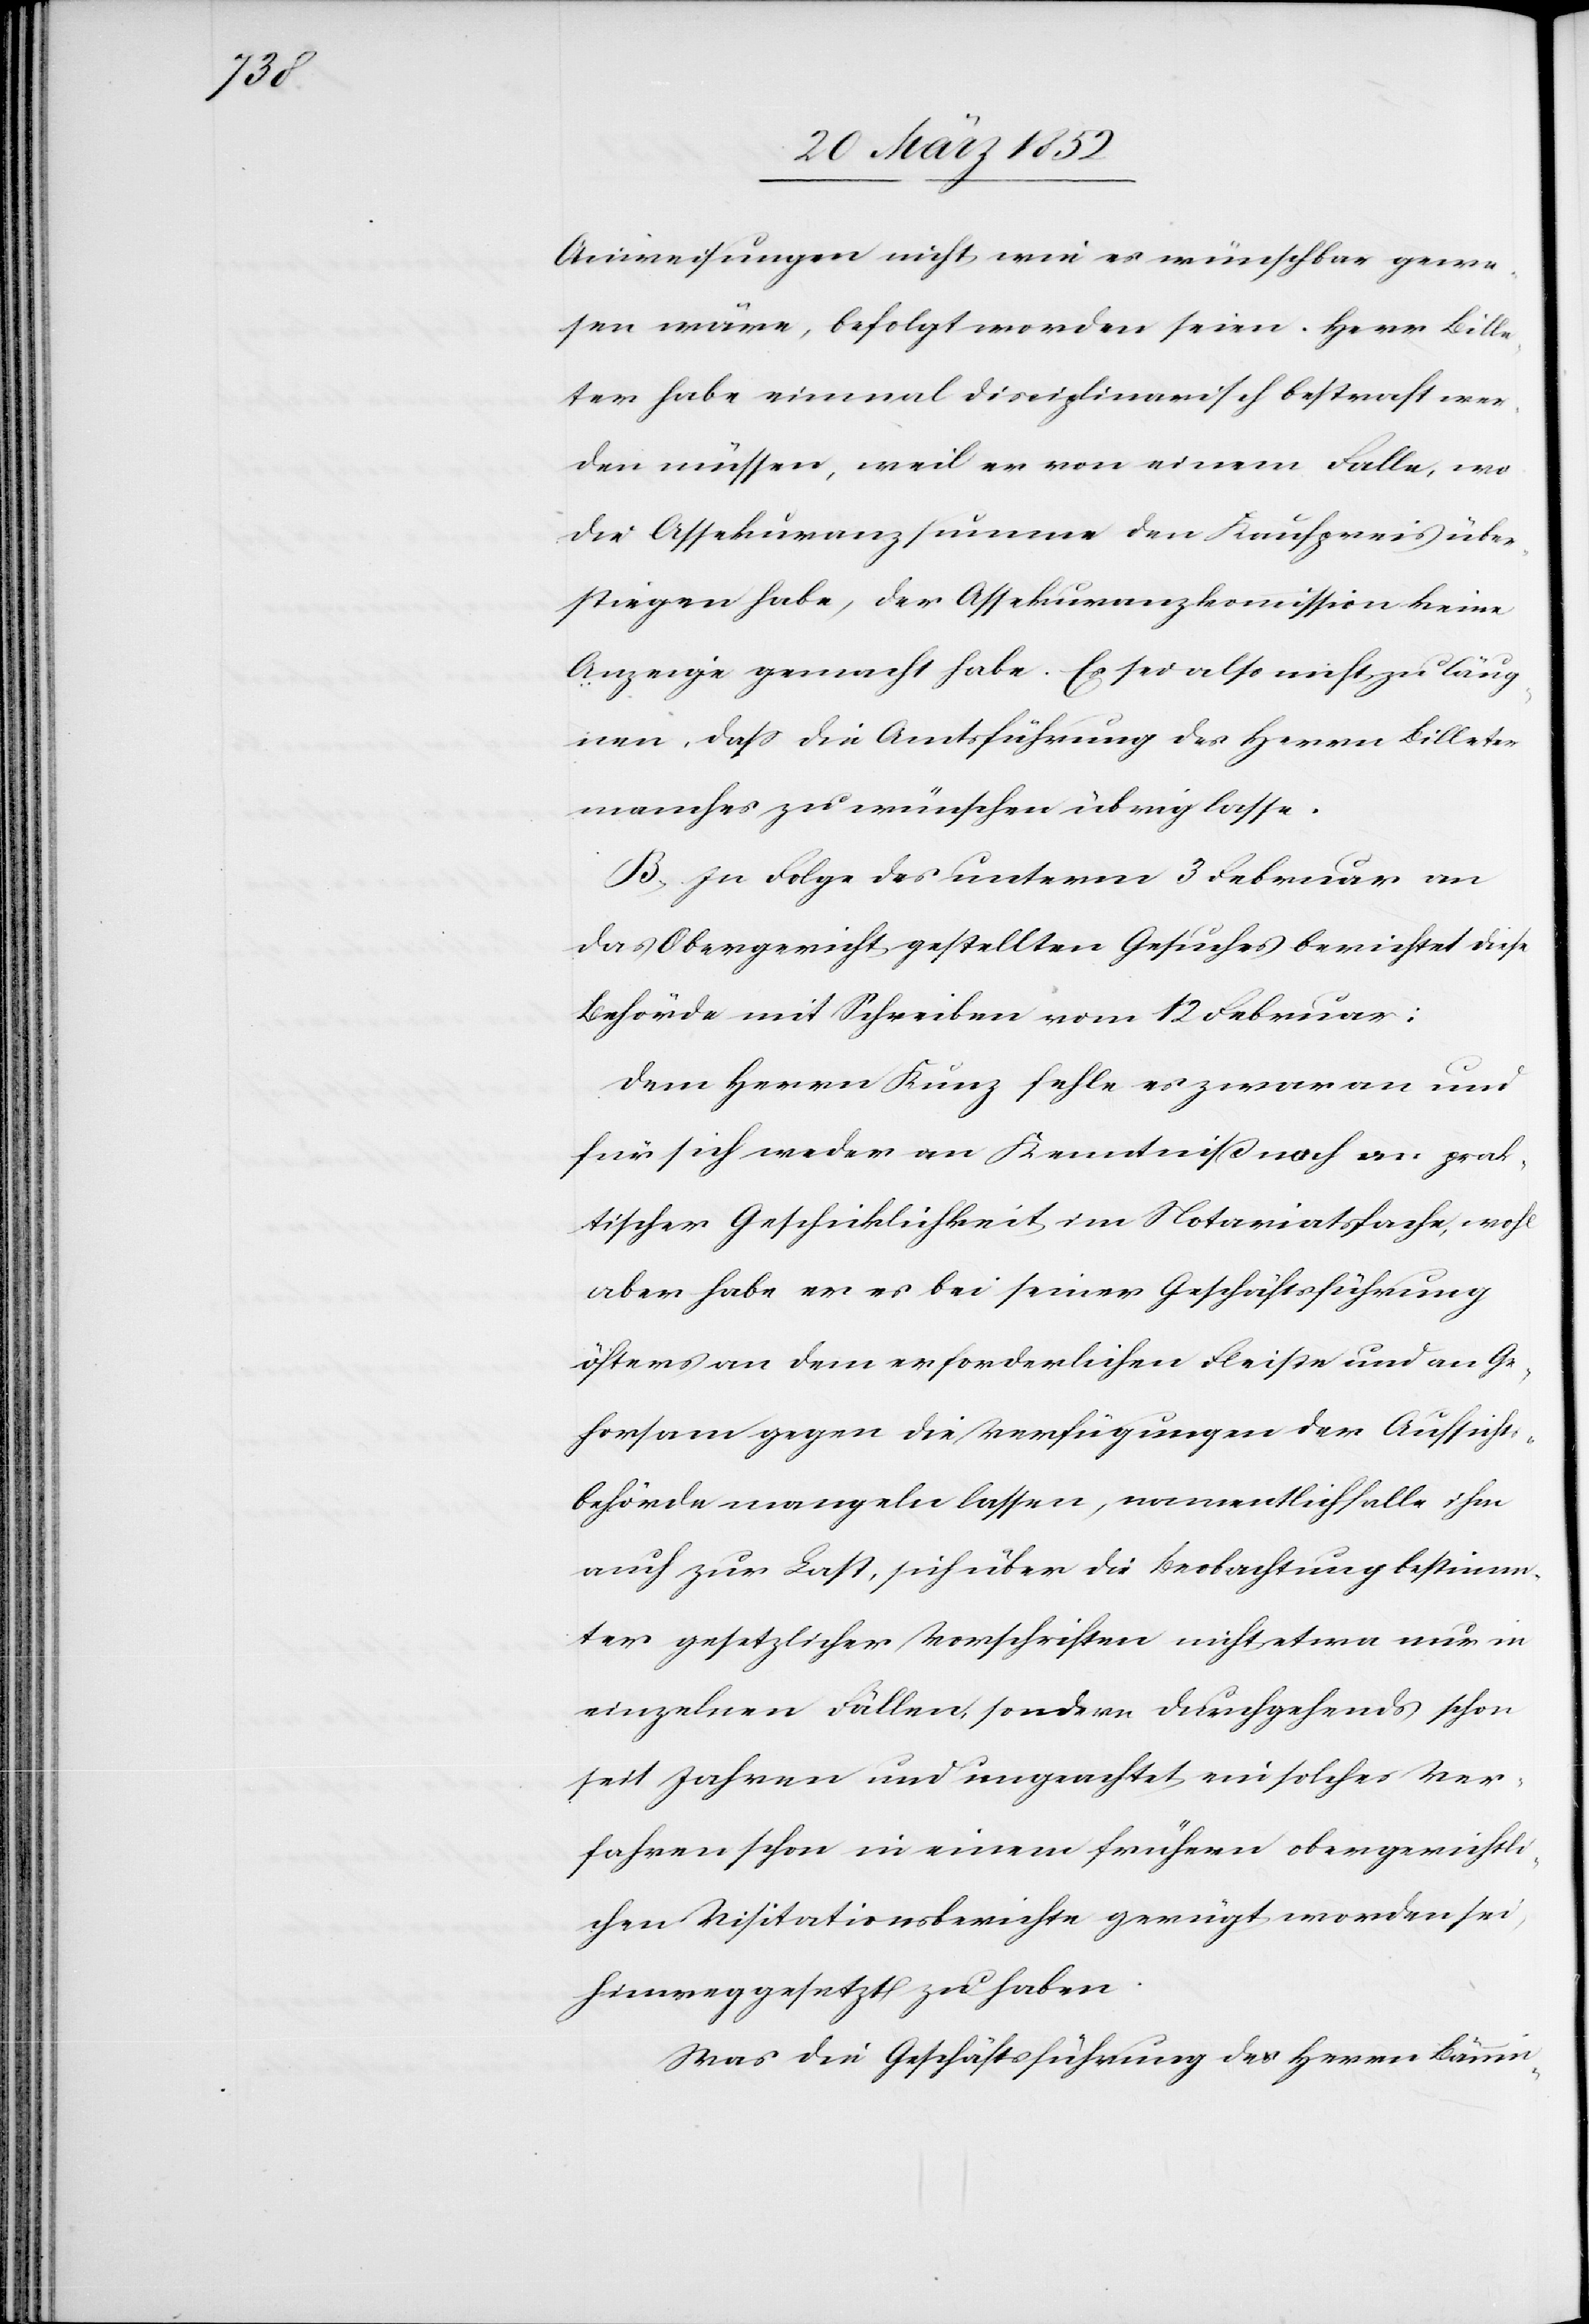
Anweisungen nicht wie es wünschbar gewe¬
sen wäre, befolgt worden seien. Herr Bille¬
ter habe einmal disciplinarisch bestraft wer¬
den müssen, weil er von einem Falle, wo
die Assekuranzsumme den Kaufpreis über¬
stiegen habe, der Assekuranzkommission keine
Anzeige gemacht habe. Es sei also nicht zu läug¬
nen, daß die Amtsführung des Herrn Billeter
manches zu wünschen übrig lasse.
B. In Folge des unterm 3 Februar an
das Obergericht gestellten Gesuches berichtet diese
Behörde mit Schreiben vom 12 Februar:
Dem Herrn Kunz fehle es zwar an und
für sich weder an Kenntniß noch an prak¬
tischer Geschicklichkeit im Notariatsfache, wohl
aber habe er es bei seiner Geschäftsführung
öfters an dem erforderlichen Fleiße und an Ge¬
horsam gegen die Verfügungen der Aufsichts¬
behörde mangeln lassen, namentlich falle ihm
auch zur Last, sich über die Beobachtung bestimm¬
ter gesetzlicher Vorschriften nicht etwa nur in
einzelnen Fällen, sondern durchgehend schon
seit Jahren und ungeachtet ein solches Ver¬
fahren schon in einem frühern obergerichtli¬
chen Visitationsberichte gerügt worden sei,
hinweg gesetzt zu haben.
Was die Geschäftsführung des Herrn Bännin-